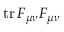
\mathrm { t r } \, F _ { \mu \nu } F _ { \mu \nu }